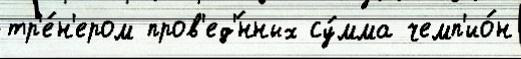
тр'е́н'ером пров'ед'́нных су́мма чемп'ио́н